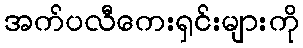
အက်ပလီကေးရှင်းများကို